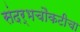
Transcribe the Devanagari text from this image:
संदर्भचौकटीचा